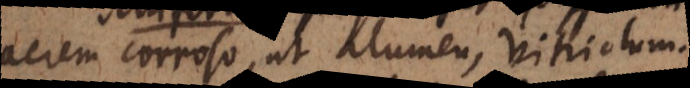
aërem corroso, ut alumen, vitriolum.